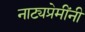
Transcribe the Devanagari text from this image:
नाट्यप्रेमींनी